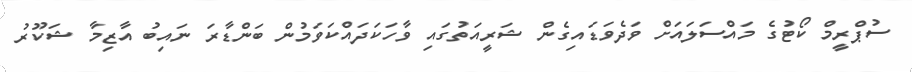
ސުޕްރީމް ކޯޓުގެ މައްސަލައަށް ވަދެވަޑައިގެން ޝަރީއަތުގައި ވާހަކަދައްކަވަމުން ބަންޑާރަ ނައިބު އާޒިމާ ޝަކޫރު